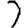
Digit: 2